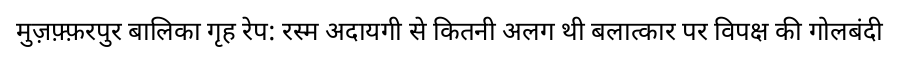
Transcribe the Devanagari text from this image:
मुज़फ़्फ़रपुर बालिका गृह रेप: रस्म अदायगी से कितनी अलग थी बलात्कार पर विपक्ष की गोलबंदी